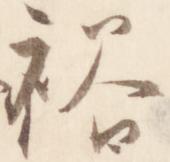
裕